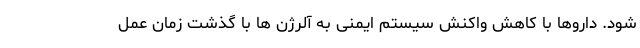
شود. داروها با کاهش واکنش سیستم ایمنی به آلرژن ها با گذشت زمان عمل